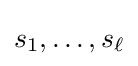
s_{1},\ldots ,s_{\ell }